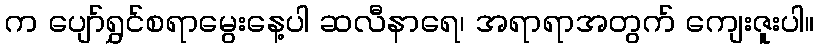
က ပျော်ရွှင်စရာမွေးနေ့ပါ ဆလီနာရေ၊ အရာရာအတွက် ကျေးဇူးပါ။